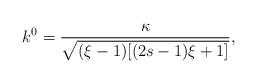
LaTeX: \begin{align*}k^{0}=\frac{\kappa}{\sqrt{(\xi-1)[(2s-1)\xi+1]}},\end{align*}